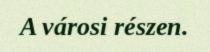
A városi részen.